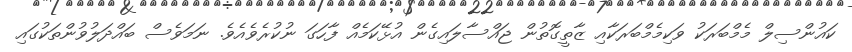
ކައުންސިލް މެމްބަރަކު ވަކިމެމްބަރަކާއި ޒާތީގޮތުން ޖައްސާލައިގެން އުޅޭކަމެއް ފާހަގަ ނުކުރެވެއެވެ. ނަމަވެސް ބައްދަލުވުންތަކުގައި